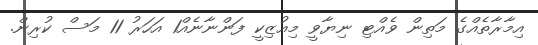
އިމާރާތެއްގެ މަތިން ވެއްޓި ނިޔާވީ މިއުޒިކީ ފަންނާނެއް1 އަހަރު 11 މަސް ކުރިން.